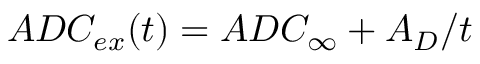
A D C _ { e x } ( t ) = A D C _ { \infty } + A _ { D } / t